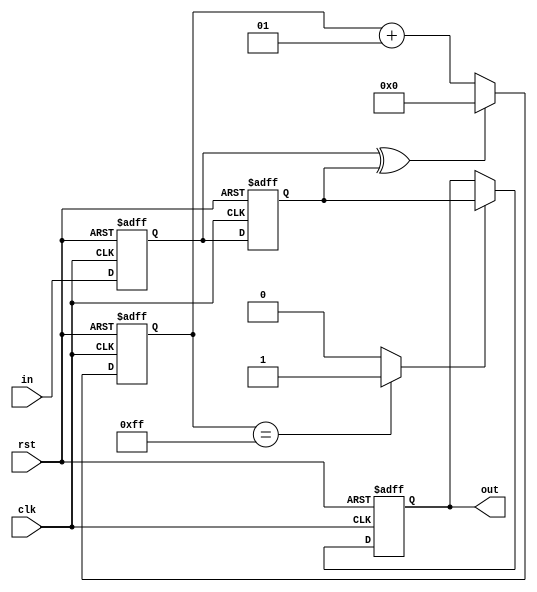
module deb(input clk, input rst, input in, output out);

reg out_reg, out_next;
reg ff1_reg, ff1_next, ff2_reg, ff2_next;

wire in_stable, in_changed;

integer timer_reg, timer_next;

assign out = out_reg;
assign in_changed = ff1_reg ^ ff2_reg;
assign in_stable = (timer_reg == 255) ? 1'b1 : 1'b0;

always @(posedge clk, negedge rst) begin
	if(!rst) begin
		timer_reg <= 0;
		ff1_reg <= 1'b0;
		ff2_reg <= 1'b0;
		out_reg <= 1'b0;
	end
	else begin
		timer_reg <= timer_next;
		ff1_reg <= ff1_next;
		ff2_reg <= ff2_next;
		out_reg <= out_next;
	end
end

always @(*) begin
	ff1_next = in;
	ff2_next = ff1_reg;
	
	timer_next = (in_changed == 1'b1) ? 0 : (timer_reg + 1);
	out_next = (in_stable == 1'b1) ? ff2_reg : out_reg;
	
end
endmodule